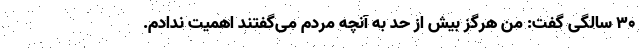
۳۰ سالگی گفت: من هرگز بیش از حد به آنچه مردم می‌گفتند اهمیت ندادم.